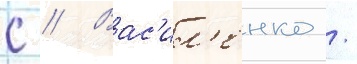
с // Вас'ил'енко /